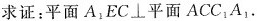
求证：平面A_{1}EC⊥平面ACC_{1}A_{1}.